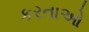
કરતાઓ